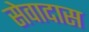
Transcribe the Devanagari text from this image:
सेवादास